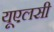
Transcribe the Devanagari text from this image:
यूएलसी